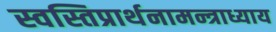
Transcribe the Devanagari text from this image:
स्वस्तिप्रार्थनामन्त्राध्याय